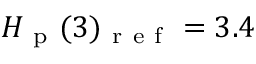
H _ { \mathrm { ~ p ~ } } ( 3 ) _ { \mathrm { ~ r ~ e ~ f ~ } } = 3 . 4